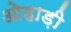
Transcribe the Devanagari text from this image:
ओहाड़ी